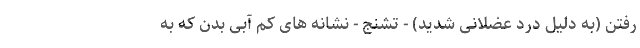
رفتن (به دلیل درد عضلانی شدید) - تشنج - نشانه های کم آبی بدن که به